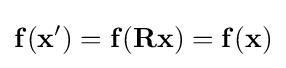
\mathbf {f} (\mathbf {x} ')=\mathbf {f} (\mathbf {Rx} )=\mathbf {f} (\mathbf {x} )